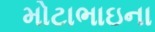
મોટાભાઇના